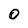
Character: O